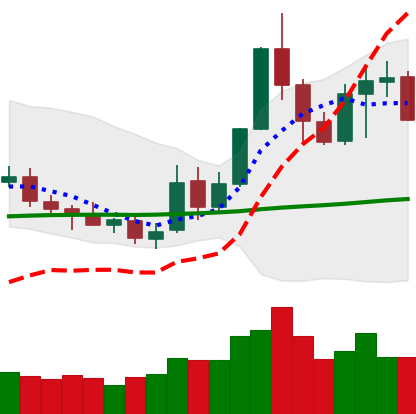
Ticker: NEO-USD
Chart end date: 2019-05-22
Forward return: 10.998%
Label: up_7plus